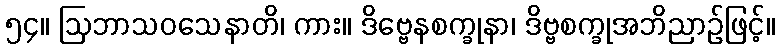
၅၄။ ဩဘာသဝသေနာတိ၊ ကား။ ဒိဗ္ဗေနစက္ခုနာ၊ ဒိဗ္ဗစက္ခုအဘိညာဉ်ဖြင့်။